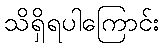
သိရှိရပါကြောင်း